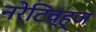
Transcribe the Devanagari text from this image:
नरेटिव्ह्ज